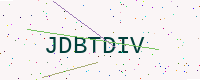
Text: JDBTDIV